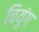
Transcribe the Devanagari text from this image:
चियुंग